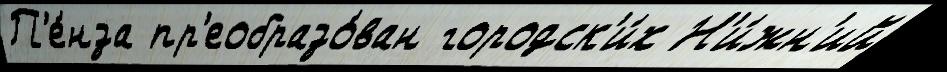
П'е́нза пр'еобразо́ван городск'и́х Н'и́жн'ий